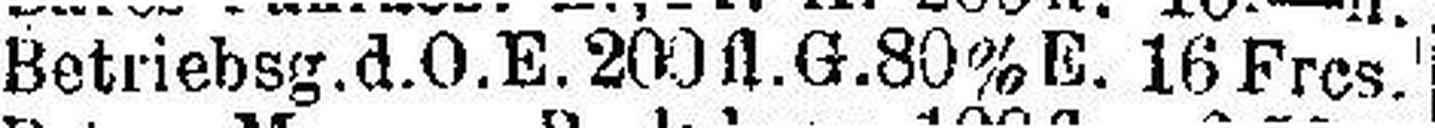
Betriebsg.d.O.E. 200 fl.G. 80% E. 16 Frcs.